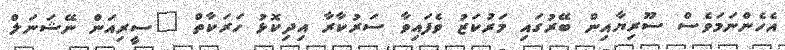
އެހެންނަމަވެސް ސޫރިޔާއިން ބޭރުގައި މަރުކަޒު ވެފައިވާ ސަރުކާރާ އިދިކޮޅު ހަރަކާތް "ސީރިއަން ނޭޝަނަލް